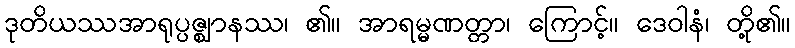
ဒုတိယဿအာရုပ္ပဇ္ဈာနဿ၊ ၏။ အာရမ္မဏတ္တာ၊ ကြောင့်။ ဒေဝါနံ၊ တို့၏။